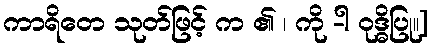
ကာရိတေ သုတ်ဖြင့် က ၏ ၊ ကို -ါ ဝုဒ္ဓိပြု။]